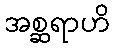
အစ္ဆရာဟိ